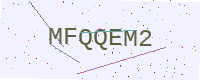
Text: MFQQEM2